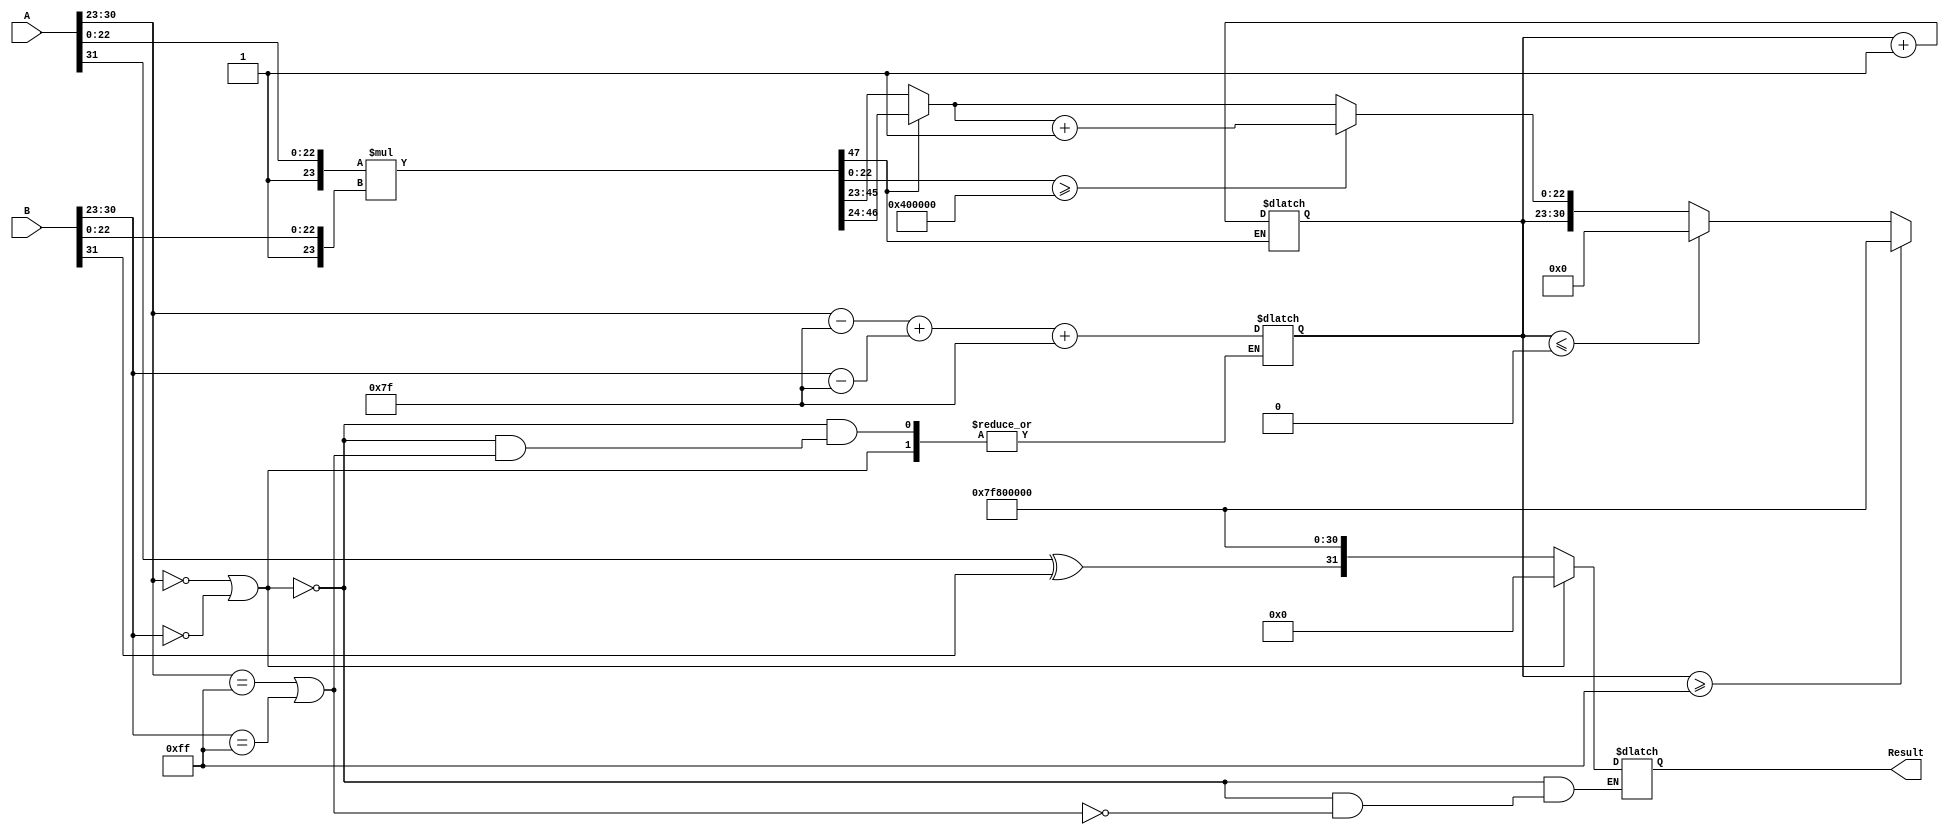
module fp_multiplier (
    input  wire [31:0] A, // First operand
    input  wire [31:0] B, // Second operand
    output reg  [31:0] Result // Result of multiplication
);

    // Constants
    localparam BIAS = 8'd127;
    localparam MANTISSA_BITS = 23;
    localparam EXPONENT_BITS = 8;

    // Internal signals
    wire sign_A, sign_B, sign_result;
    wire [EXPONENT_BITS-1:0] exponent_A, exponent_B, exponent_result;
    wire [MANTISSA_BITS:0] mantissa_A, mantissa_B; // 24 bits including implicit leading 1
    wire [47:0] mantissa_product; // 48 bits for mantissa product
    reg [EXPONENT_BITS-1:0] adjusted_exponent;
    reg [MANTISSA_BITS:0] normalized_mantissa;
    reg [MANTISSA_BITS:0] rounded_mantissa;

    // Extract sign, exponent, and mantissa
    assign sign_A = A[31];
    assign sign_B = B[31];
    assign exponent_A = A[30:23];
    assign exponent_B = B[30:23];
    assign mantissa_A = {1'b1, A[22:0]}; // Prepend leading 1
    assign mantissa_B = {1'b1, B[22:0]}; // Prepend leading 1

    // Sign calculation
    assign sign_result = sign_A ^ sign_B;

    // Exponent calculation
    always @(*) begin
        if (exponent_A == 8'b0 || exponent_B == 8'b0) begin
            // Handle zero multiplication
            Result = 32'b0;
        end else if (exponent_A == 8'b11111111 || exponent_B == 8'b11111111) begin
            // Handle infinity
            Result = {sign_result, 8'b11111111, 23'b0}; // Result is infinity
        end else begin
            adjusted_exponent = (exponent_A - BIAS) + (exponent_B - BIAS) + BIAS;
        end
    end

    // Mantissa multiplication
    assign mantissa_product = mantissa_A * mantissa_B;

    // Normalization
    always @(*) begin
        if (mantissa_product[47] == 1'b1) begin
            // Overflow, shift right
            normalized_mantissa = mantissa_product[46:24]; // 24 bits
            adjusted_exponent = adjusted_exponent + 1; // Increase exponent
        end else begin
            // No overflow
            normalized_mantissa = mantissa_product[45:23]; // 23 bits
        end
    end

    // Rounding
    always @(*) begin
        // Check for rounding
        if (mantissa_product[22:0] >= 23'b10000000000000000000000) begin
            rounded_mantissa = normalized_mantissa + 1'b1;
        end else begin
            rounded_mantissa = normalized_mantissa;
        end
    end

    // Output assembly
    always @(*) begin
        if (adjusted_exponent >= 8'b11111111) begin
            // Handle overflow to infinity
            Result = {sign_result, 8'b11111111, 23'b0};
        end else if (adjusted_exponent <= 8'b0) begin
            // Handle underflow to zero
            Result = {sign_result, 8'b0, 23'b0};
        end else begin
            Result = {sign_result, adjusted_exponent, rounded_mantissa[MANTISSA_BITS-1:0]};
        end
    end

endmodule